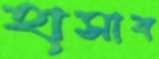
হাসাব